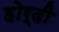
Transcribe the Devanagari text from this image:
होर्दी